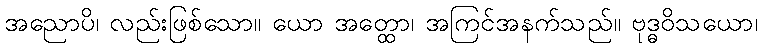
အညောပိ၊ လည်းဖြစ်သော။ ယော အတ္ထော၊ အကြင်အနက်သည်။ ဗုဒ္ဓဝိသယော၊